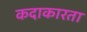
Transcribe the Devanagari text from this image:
कदाकारता